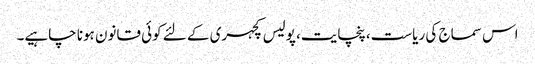
اس سماج کی ریاست، پنچایت، پولیس کچہری کے لئے کوئی قانون ہونا چاہیے۔